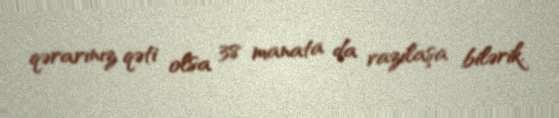
qərarınız qəti olsa 38 manata da razılaşa bilərik.